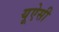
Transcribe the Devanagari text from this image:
यूऐसी